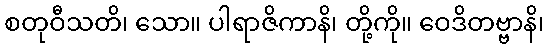
စတုဝီသတိ၊ သော။ ပါရာဇိကာနိ၊ တို့ကို။ ဝေဒိတဗ္ဗာနိ၊